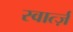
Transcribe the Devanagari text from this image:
स्वार्त्ज़